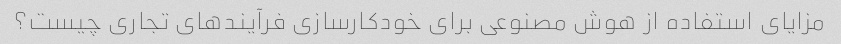
مزایای استفاده از هوش مصنوعی برای خودکارسازی فرآیندهای تجاری چیست؟